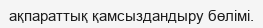
ақпараттық қамсыздандыру бөлімі.